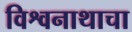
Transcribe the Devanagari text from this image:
विश्वनाथाचा